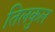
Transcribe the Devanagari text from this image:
तिलकुल